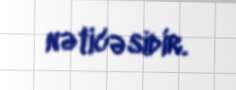
nəticəsidir.